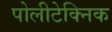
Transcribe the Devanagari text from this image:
पोलीटेक्निक